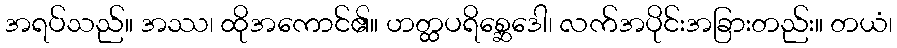
အရပ်သည်။ အဿ၊ ထိုအကောင်၏။ ဟတ္ထပရိစ္ဆေဒေါ၊ လက်အပိုင်းအခြားတည်း။ တယံ၊